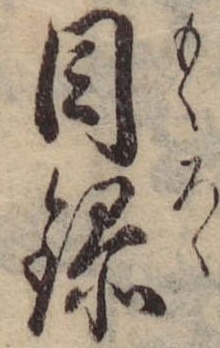
目録